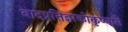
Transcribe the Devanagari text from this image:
बादप्रतिज्ञाकोकृष्णासे